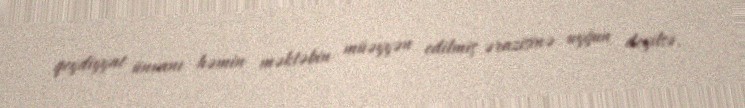
qeydiyyat ünvanı həmin məktəbin müəyyən edilmiş ərazisinə uyğun deyilsə,